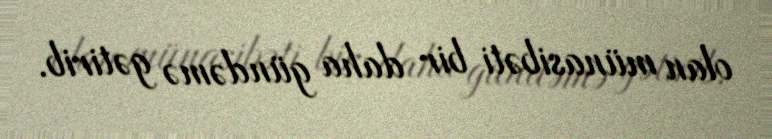
olan münasibəti bir daha gündəmə gətirib.